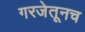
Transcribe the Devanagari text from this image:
गरजेतूनच